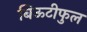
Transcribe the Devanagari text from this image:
बिऊटीफुल